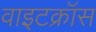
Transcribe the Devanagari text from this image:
वाइटक्रॉस